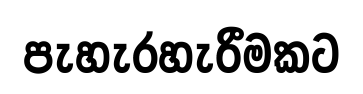
පැහැරහැරීමකට